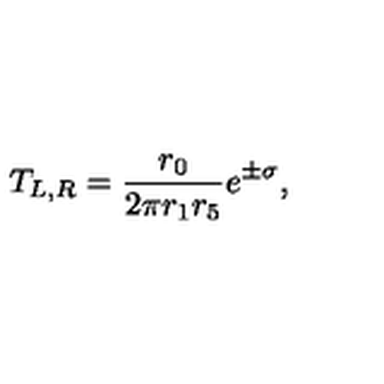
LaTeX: T _ { L , R } = \frac { r _ { 0 } } { 2 \pi r _ { 1 } r _ { 5 } } e ^ { \pm \sigma } ,